Assam Mental Hospital (Tezpur, India) - 1933-1948
Year: 1933
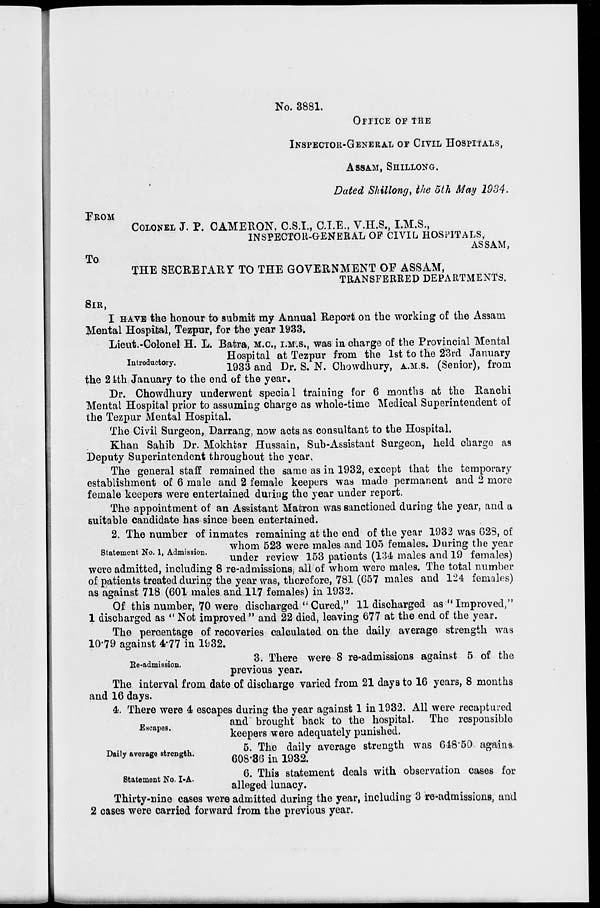
No. 3881.
OFFICE OF THE
FROM
To
SIR,
INSPECTOR-GENERAL OF CIVIL HOSPITALS,
ASSAM, SHILLONG.
Dated Shillong, the 5th May 1934.
COLONEL J. P. CAMERON, C.S.I., C.I.E., V.H.S., I.M.S.,
INSPECTOR-GENERAL OF CIVIL. HOSPITALS,
ASSAM,
THE SECRETARY TO THE GOVERNMENT OP ASSAM,
TRANSFERREP DEPARTMENTS.
I HAVE the honour to submit my Annual Report on the working of the Assam
Mental Hospital, Tezpur, for the year 1933.
Lieut.-Colonel H. L. Batra, M.C, I.M.S., was in charge of the Provincial Mental
Hospital at Tezpur from the 1st to the 23rd January
introductory.
1933 and Br ^ N< 0howdhury> A . MS . (Senior), from
the 21th January to the end of the year.
Dr. Chowdhury underwent special training for 6 months at the Ranchi
Mental Hospital prior to assuming charge as whole-time Medical Superintendent of
the Tezpur Mental Hospital.
The Civil Surgeon, Darrang, now acts as consultant to the Hospital.
Khan Sahib Dr. Mokhtar Hussain, Sub-Assistant Surgeon, held charge as
Deputy Superintendent throughout the year.
The general staff remained the same as in 1932, except that the temporary
establishment of 6 male and 2 female keepers was made permanent and 2 more
female keepers were entertained during the year under report.
The appointment of an Assistant Matron was sanctioned during the year, and a
suitable candidate has since been entertained.
2. The number of inmates remaining at the end of the year 1932 was G28, of
.«,.-.'.
whom 523 were males and 105 females. During the year
Statement No. 1, Admission.
^^ ^.^ ^ patiQnts (134 mftles and l9 f ema les)
were admitted, including 8 re-admissions, all of whom were males. The total number
of patients treated during the year was, therefore, 781 (057 males and 124 females)
as against 718 (601 males and 117 females) in 1932.
Of this number, 70 were discharged "Cured," 11 discharged as "Improved,"
1 discharged as " Not improved" and 22 died, leaving 677 at the end of the year.
The percentage of recoveries calculated on the daily average strength was
10-79 against 4*77 in 1^32.
3. There were 8 re-admissions against 5 of the
previous year.
The interval from date of discharge varied from 21 days to 16 years, 8 months
and 16 days.
4. There were 4t escapes during the year against 1 in 1932. All were recaptured
and brought back to the hospital. The responsible
keepers were adequately punished.
5. The daily average strength was 618"50 agains
608*36 in 1932.
6. This statement deals with observation cases for
alleged lunacy.
Thirty-nine cases were admitted during the year, including 3 re-admissions, and
2 cases were carried forward from the previous year.
Ee-admission.
Escapes.
Daily average strength.
Statement No. I-A.